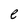
Character: e